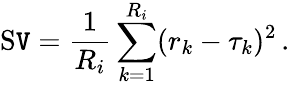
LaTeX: \operatorname{S\mathtt{V}}=\frac{{1}}{{R_{i}}}\sum_{k=1}^{R_{i}}(r_{k}-\tau_{k})^{2}\, .